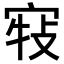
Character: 𡨣